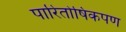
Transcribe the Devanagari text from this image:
पारितोषिकपण